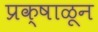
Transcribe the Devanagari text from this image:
प्रक्षाळून